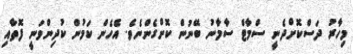
މިހާރު ދަސްކޮށްދެނީ ސްމާޓް ސާމާނު ބޭނުން ކޮށްގެންނެވެ. އެހެން ކަމުން ކުދިންވަނީ ފޮތާއި